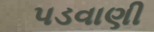
પડવાણી